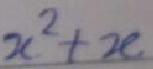
$\(x^{2}+x\)$